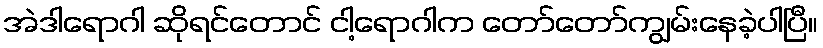
အဲဒါရောဂါ ဆိုရင်တောင် ငါ့ရောဂါက တော်တော်ကျွမ်းနေခဲ့ပါပြီ။